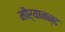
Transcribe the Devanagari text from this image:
मौर्यानन्द